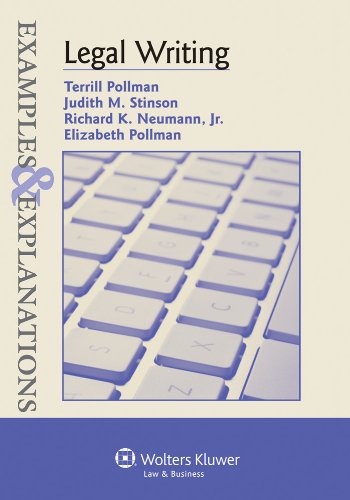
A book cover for Legal Writing: Examples & Explanations (The Examples & Explanations Series); Terrill Pollman; Law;